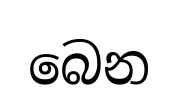
බෙන